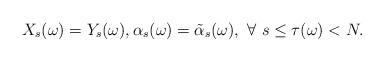
LaTeX: \begin{align*}X_s(\omega)= Y_s(\omega), \alpha_s(\omega)= \tilde \alpha_s(\omega), ~\forall~ s\leq \tau(\omega) < N.\end{align*}